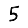
Digit: 5